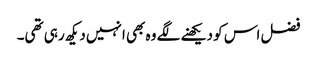
فضل اس کو دیکھنے لگے وہ بھی انہیں دیکھ رہی تھی۔